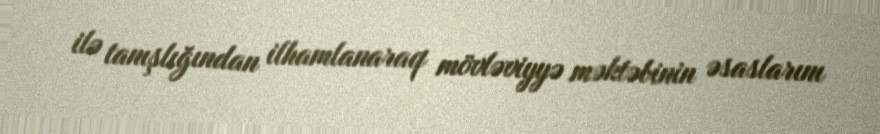
ilə tanışlığından ilhamlanaraq mövləviyyə məktəbinin əsaslarını